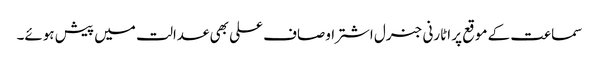
سماعت کے موقع پر اٹارنی جنرل اشتر اوصاف علی بھی عدالت میں پیش ہوئے۔